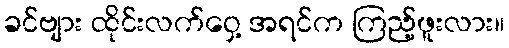
ခင်ဗျား ထိုင်းလက်ဝှေ့ အရင်က ကြည့်ဖူးလား။